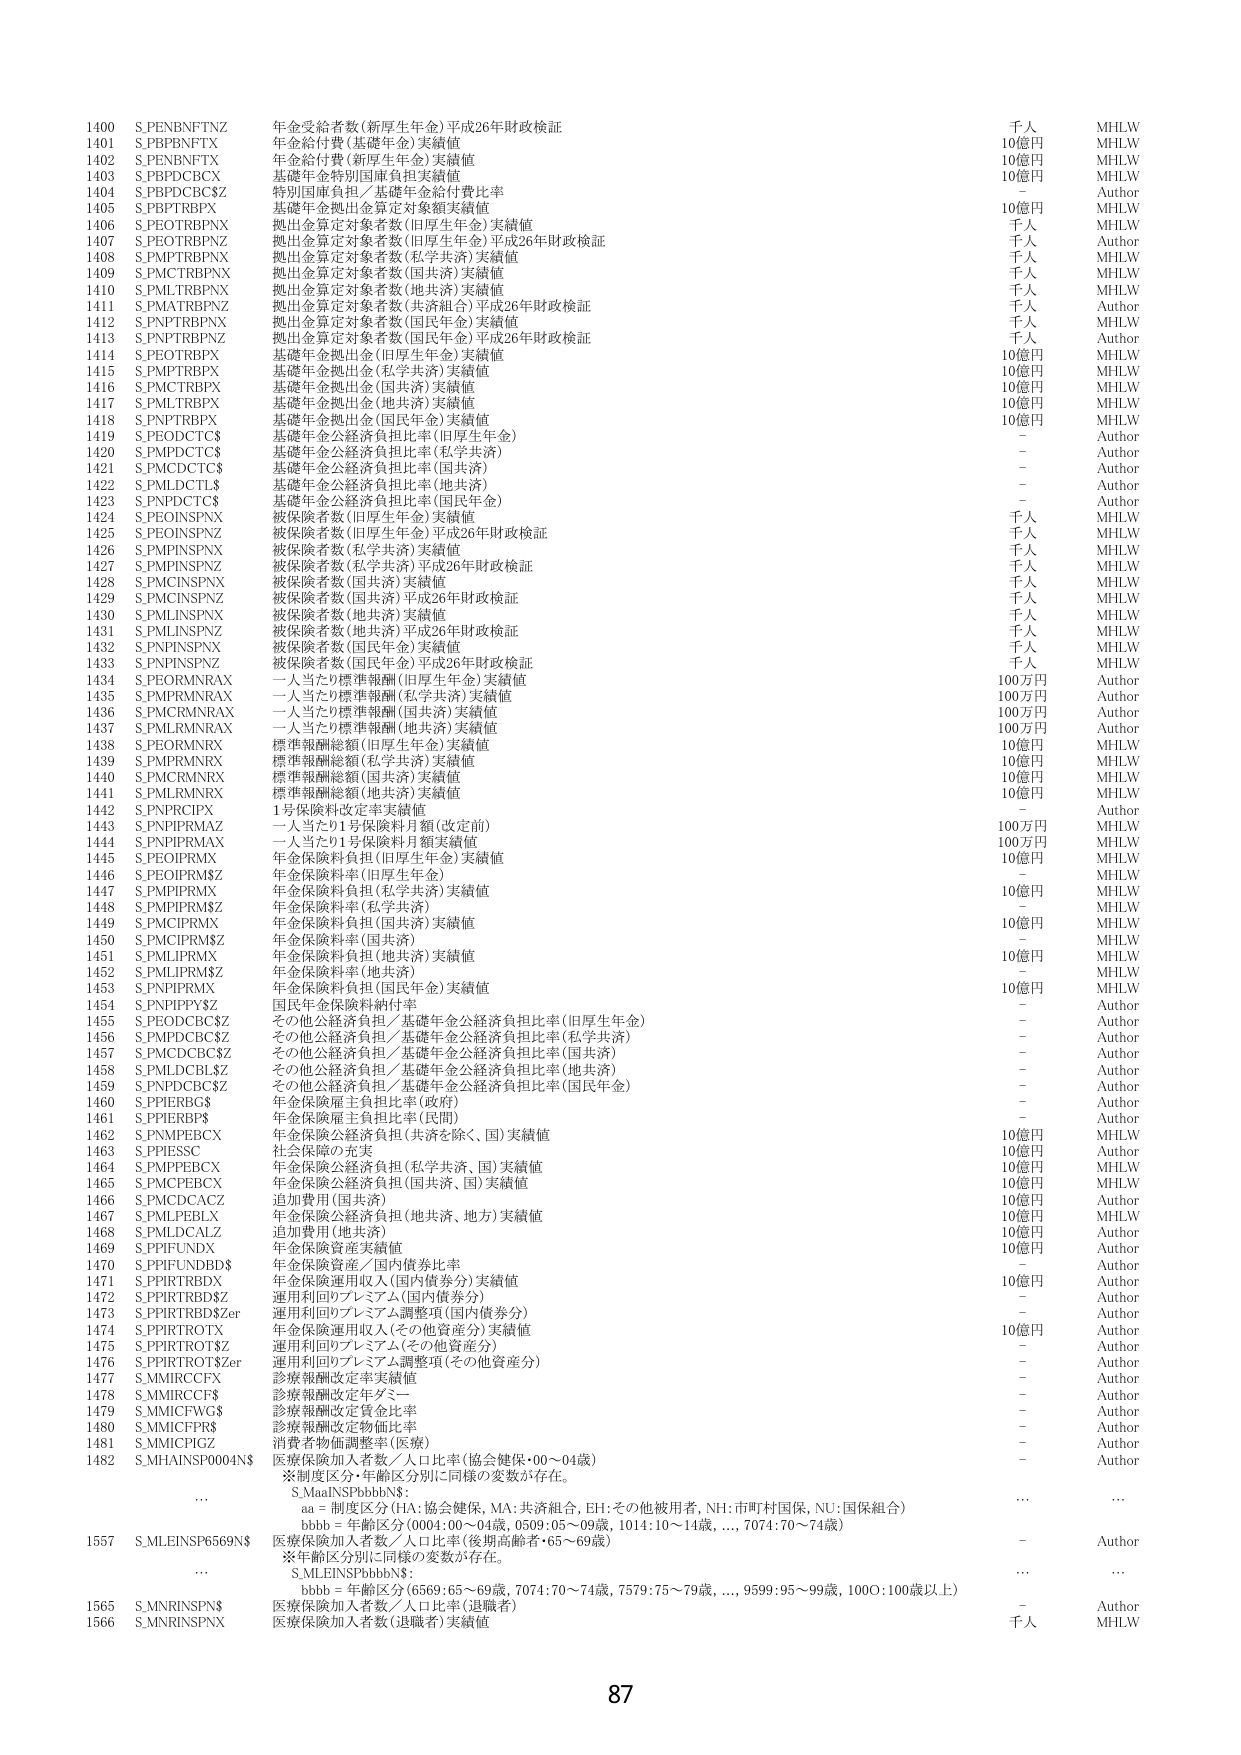
1400 S.PENBNFTNZ 年金受給者数（新厚生年金）平成26年財政検証 千人 MHLW
1401 S.PBPNFTX 年金給付費（基礎年金）実績値 10億円 MHLW
1402 S.PENBNFTX 年金給付費（新厚生年金）実績値 10億円 MHLW
1403 S.PBPD CBCX 基礎年金特別国庫負担実績値 10億円 MHLW
1404 S.PBPD CBC$Z 特別国庫負担／基礎年金給付費比率 Author
1405 S.PBPT RBPX 基礎年金拠出金算定対象額実績値 10億円 MHLW
1406 S.PEOT RBPNX 拠出金算定対象者数（旧厚生年金）実績値 千人 MHLW
1407 S.PEOT RBPNZ 拠出金算定対象者数（旧厚生年金）平成26年財政検証 千人 Author
1408 S.PMPT RBPNX 拠出金算定対象者数（私学共済）実績値 千人 MHLW
1409 S.PMCT RBPNX 拠出金算定対象者数（国共済）実績値 千人 MHLW
1410 S.PMLT RBPNX 拠出金算定対象者数（地共済）実績値 千人 MHLW
1411 S.PMAT RBPNZ 拠出金算定対象者数（共済組合）平成26年財政検証 千人 Author
1412 S.PNPT RBPNX 拠出金算定対象者数（国民年金）実績値 千人 MHLW
1413 S.PNPT RBPNZ 拠出金算定対象者数（国民年金）平成26年財政検証 千人 Author
1414 S.PEOT RBPX 基礎年金拠出金（旧厚生年金）実績値 10億円 MHLW
1415 S.PMPT RBPX 基礎年金拠出金（私学共済）実績値 10億円 MHLW
1416 S.PMCT RBPX 基礎年金拠出金（国共済）実績値 10億円 MHLW
1417 S.PMLT RBPX 基礎年金拠出金（地共済）実績値 10億円 MHLW
1418 S.PNPT RBPX 基礎年金拠出金（国民年金）実績値 10億円 MHLW
1419 S.PEODCTC$ 基礎年金公経済負担比率（旧厚生年金） - Author
1420 S.PM PDCTC$ 基礎年金公経済負担比率（私学共済） - Author
1421 S.PMCDCTC$ 基礎年金公経済負担比率（国共済） - Author
1422 S.PMLDCTL$ 基礎年金公経済負担比率（地共済） - Author
1423 S.PNPDCTC$ 基礎年金公経済負担比率（国民年金） - Author
1424 S.PE0INSPNX 被保険者数（旧厚生年金）実績値 千人 MHLW
1425 S.PE0INSPNZ 被保険者数（旧厚生年金）平成26年財政検証 千人 MHLW
1426 S.PMPINSPNX 被保険者数（私学共済）実績値 千人 MHLW
1427 S.PMPINSPNZ 被保険者数（私学共済）平成26年財政検証 千人 MHLW
1428 S.PMCINSPNX 被保険者数（国共済）実績値 千人 MHLW
1429 S.PMCINSPNZ 被保険者数（国共済）平成26年財政検証 千人 MHLW
1430 S.PMLINSPNX 被保険者数（地共済）実績値 千人 MHLW
1431 S.PMLINSPNZ 被保険者数（地共済）平成26年財政検証 千人 MHLW
1432 S.PNPINSPNX 被保険者数（国民年金）実績値 千人 MHLW
1433 S.PNPINSPNZ 被保険者数（国民年金）平成26年財政検証 千人 MHLW
1434 S.PEORMN RAX 一人当たり標準報酬（旧厚生年金）実績値 100万円 Author
1435 S.PMPRMN RAX 一人当たり標準報酬（私学共済）実績値 100万円 Author
1436 S.PMCRMN RAX 一人当たり標準報酬（国共済）実績値 100万円 Author
1437 S.PMLRMN RAX 一人当たり標準報酬（地共済）実績値 100万円 Author
1438 S.PEORMN RX 標準報酬総額（旧厚生年金）実績値 10億円 MHLW
1439 S.PMPRMN RX 標準報酬総額（私学共済）実績値 10億円 MHLW
1440 S.PMCRMN RX 標準報酬総額（国共済）実績値 10億円 MHLW
1441 S.PMLRMN RX 標準報酬総額（地共済）実績値 10億円 MHLW
1442 S.PNPRCIPX 1号保険料改定率実績値 - Author
1443 S.PNPIRMAZ 一人当たり1号保険料月額（改定前） 100万円 MHLW
1444 S.PNPIRMAX 一人当たり1号保険料月額実績値 100万円 MHLW
1445 S.PE0IPRMX 年金保険料負担（旧厚生年金）実績値 10億円 MHLW
1446 S.PE0IPRMZ 年金保険料率（旧厚生年金） - MHLW
1447 S.PMPIPRMX 年金保険料負担（私学共済）実績値 10億円 MHLW
1448 S.PMPIPRMZ 年金保険料率（私学共済） - MHLW
1449 S.PMCIPRMX 年金保険料負担（国共済）実績値 10億円 MHLW
1450 S.PMCIPRMZ 年金保険料率（国共済） - MHLW
1451 S.PMLIPRMX 年金保険料負担（地共済）実績値 10億円 MHLW
1452 S.PMLIPRMZ 年金保険料率（地共済） - MHLW
1453 S.PNPIPRMX 年金保険料負担（国民年金）実績値 10億円 MHLW
1454 S.PNPIPPY$Z 国民年金保険料納付率 - Author
1455 S.PEODCBC$Z その他公経済負担／基礎年金公経済負担比率（旧厚生年金） - Author
1456 S.PMPDCBC$Z その他公経済負担／基礎年金公経済負担比率（私学共済） - Author
1457 S.PMCD CBC$Z その他公経済負担／基礎年金公経済負担比率（国共済） - Author
1458 S.PMLDCBL$Z その他公経済負担／基礎年金公経済負担比率（地共済） - Author
1459 S.PNPD CBC$Z その他公経済負担／基礎年金公経済負担比率（国民年金） - Author
1460 S.PPIERBG$ 年金保険雇主負担比率（政府） - Author
1461 S.PPIERB$ 年金保険雇主負担比率（民間） - Author
1462 S.PNMEBCX 年金保険公経済負担（共済を除く、国）実績値 10億円 MHLW
1463 S.PPIESSC 社会保障の充実 10億円 Author
1464 S.PMPEBCX 年金保険公経済負担（私学共済、国）実績値 10億円 MHLW
1465 S.PMCEBCX 年金保険公経済負担（国共済、国）実績値 10億円 MHLW
1466 S.PMCDCA CZ 追加費用（国共済） 10億円 Author
1467 S.PMLPEBLX 年金保険公経済負担（地共済、地方）実績値 10億円 MHLW
1468 S.PMLDCALZ 追加費用（地共済） 10億円 Author
1469 S.PPIFUNDX 年金保険資産実績値 10億円 Author
1470 S.PPIFUND BD$ 年金保険資産／国内債券比率 - Author
1471 S.PPIRTRBDX 年金保険運用収入（国内債券分）実績値 10億円 Author
1472 S.PPIRTRBD$Z 運用利回りプレミアム（国内債券分） - Author
1473 S.PPIRTRBD$Zer 運用利回りプレミアム調整項（国内債券分） - Author
1474 S.PPIRTROTX 年金保険運用収入（その他資産分）実績値 10億円 Author
1475 S.PPIRTROT$Z 運用利回りプレミアム（その他資産分） - Author
1476 S.PPIRTROT$Zer 運用利回りプレミアム調整項（その他資産分） - Author
1477 S.MMIRCCFX 診療報酬改定率実績値 - Author
1478 S.MMIRCCF$ 診療報酬改定年ダミー - Author
1479 S.MM ICFWG$ 診療報酬改定賃金比率 - Author
1480 S.MM ICFPR$ 診療報酬改定物価比率 - Author
1481 S.MM ICPGZ 消費者物価調整率（医療） - Author
1482 S.MHAINS P0004N$ 医療保険加入者数／人口比率（協会健保・00～04歳） - Author
※制度区分・年齢区分別に同様の変数が存在。
S.MaaINS PbbbN$：
aa = 制度区分（HA：協会健保、MA：共済組合、EH：その他被用者、NH：市町村国保、NU：国保組合）
bbb = 年齢区分（0004：00～04歳、0509：05～09歳、1014：10～14歳、…、7074：70～74歳）
1557 S.MLEINS P6569N$ 医療保険加入者数／人口比率（後期高齢者・65～69歳） - Author
※年齢区分別に同様の変数が存在。
S.MLEINS PbbbN$：
bbb = 年齢区分（6569：65～69歳、7074：70～74歳、7579：75～79歳、…、9599：95～99歳、1000：100歳以上）
1565 S.MNRINSPN$ 医療保険加入者数／人口比率（退職者） - Author
1566 S.MNRINSPNX 医療保険加入者数（退職者）実績値 千人 MHLW
87